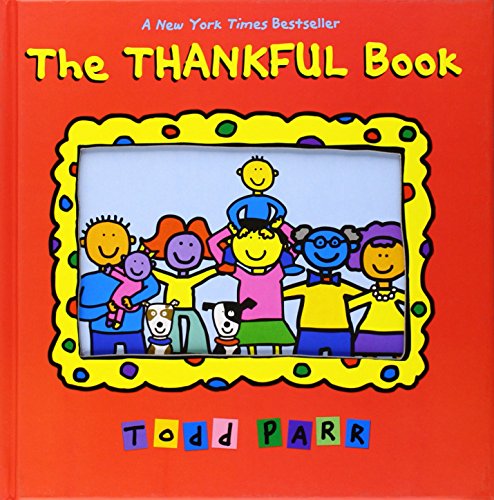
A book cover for The Thankful Book; Todd Parr; Children's Books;